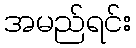
အမည်ရင်း